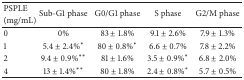
| PSPLE | <ROWSPAN=2> Sub-G1 phase | <ROWSPAN=2> G0/G1 phase | <ROWSPAN=2> S phase | <ROWSPAN=2> G2/M phase |
 | (mg/mL) |
 | --- | --- | --- | --- | --- |
 | 0 | 0% | 83 ± 1.8% | 9.1 ± 2.6% | 7.9 ± 1.3% |
 | 1 | 5.4 ± 2.4%∗ | 80 ± 0.8%∗ | 6.6 ± 0.7% | 7.8 ± 2.2% |
 | 2 | 9.4 ± 0.9%∗∗ | 81 ± 1.6% | 3.5 ± 0.9%∗ | 6.8 ± 2.0% |
 | 4 | 13 ± 1.4%∗∗ | 80 ± 1.8% | 2.4 ± 0.8%∗ | 5.7 ± 0.5% |